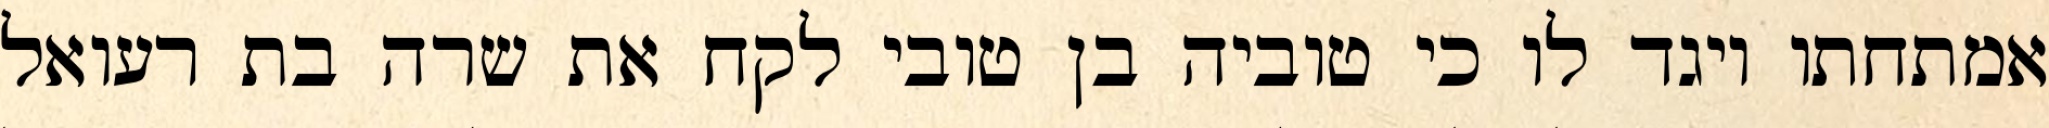
אמתחתו ויגד לו כי טוביה בן טובי לקח את שרה בת רעואל